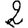
Digit: 2